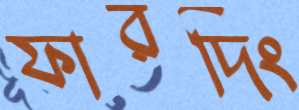
ফারদিং